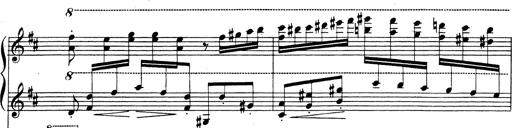
Title: Rhapsodie espagnole
Composer: Franz Liszt